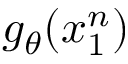
g _ { \theta } ( x _ { 1 } ^ { n } )